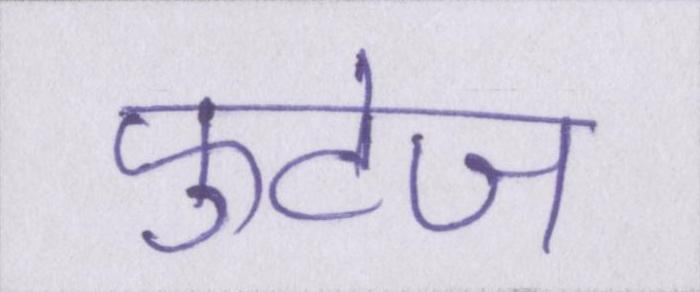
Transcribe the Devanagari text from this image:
फुटेज